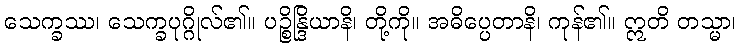
သေက္ခဿ၊ သေက္ခပုဂ္ဂိုလ်၏။ ပဉ္စိန္ဒြိယာနိ၊ တို့ကို။ အဓိပ္ပေတာနိ၊ ကုန်၏။ ဣတိ တသ္မာ၊